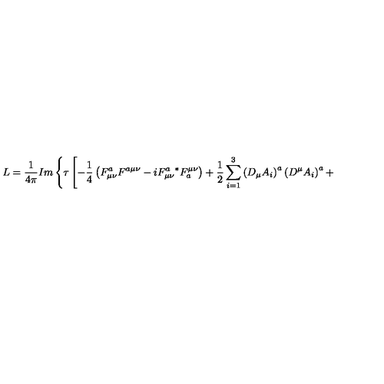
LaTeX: L = \frac { 1 } { 4 \pi } I m \left\{ \tau \left[ - \frac { 1 } { 4 } \left( F _ { \mu \nu } ^ { a } F ^ { a \mu \nu } - i F _ { \mu \nu } ^ { a } { } ^ { * } F _ { a } ^ { \mu \nu } \right) + \frac { 1 } { 2 } \sum _ { i = 1 } ^ { 3 } \left( D _ { \mu } A _ { i } \right) ^ { a } \left( D ^ { \mu } A _ { i } \right) ^ { a } + \right. \right.